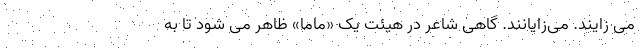
می زایند. می‌زایانند. گاهی شاعر در هیئت یک «ماما» ظاهر می شود تا به